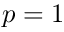
p = 1